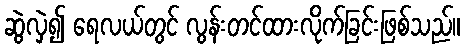
ဆွဲလှဲ၍ ရေလယ်တွင် လွန်းတင်ထားလိုက်ခြင်းဖြစ်သည်။